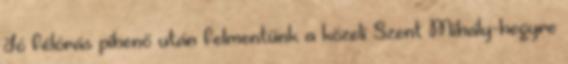
Jó félórás pihenő után felmentünk a közeli Szent Mihály-hegyre